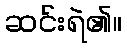
ဆင်းရဲ၏။